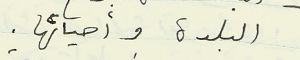
البلدة وأحيائها.